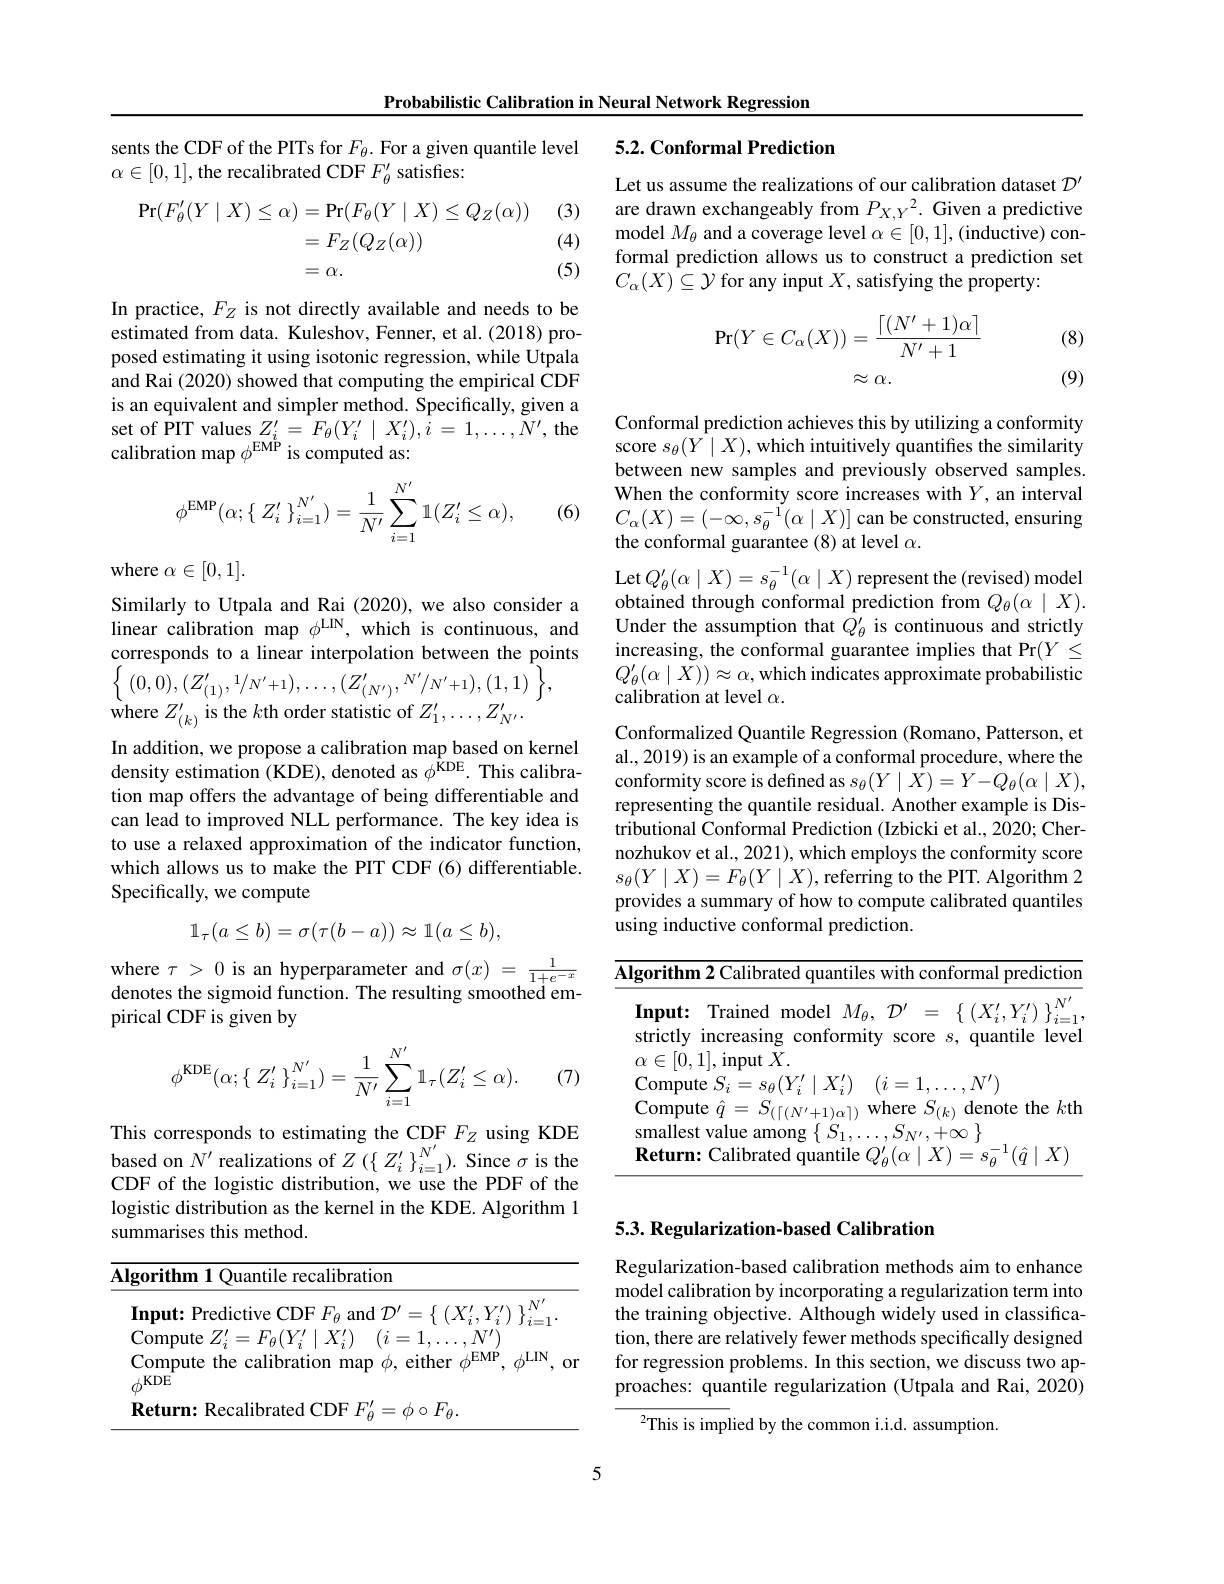
Probabilistic Calibration in Neural Network Regression

## 5.2. Conformal Prediction

sents the CDF of the PITs for $F_{\theta}.$ For a given quantile level
$\alpha\in[0,1]$,the recalibrated CDF $F_\theta^{\prime}$ satisfies:

(3)
$$\begin{aligned}\Pr(F_\theta'(Y\mid X)\leq\alpha)&=\Pr(F_\theta(Y\mid X)\leq Q_Z(\alpha))\\&=F_Z(Q_Z(\alpha))\\&=\alpha.\end{aligned}$$
Let us assume the realizations of our calibration dataset $\mathcal{D}^{\prime}$ are drawn exchangeably from $P_{X,Y}^2.$ Given a predictive model $M_{\theta}$ and a coverage level $\alpha\in[0,1]$,(inductive) conformal prediction allows us to construct a prediction set $C_\alpha(X)\subseteq\mathcal{Y}$ for any input $X$, satisfying the property:

(4)

(5)

(8)
$$\begin{aligned}\Pr(Y\in C_\alpha(X))&=\frac{\lceil(N'+1)\alpha\rceil}{N'+1}\\&\approx\alpha.\end{aligned}$$
(9)

In practice, $F_Z$ is not directly available and needs to be estimated from data. Kuleshov, Fenner, et al. (2018) proposed estimating it using isotonic regression, while Utpala and Rai (2020) showed that computing the empirical CDF is an equivalent and simpler method. Specifically, given a set of PIT values $Z_i^{\prime}=F_\theta(Y_i^{\prime}\mid X_i^{\prime}),i=1,\ldots,N^{\prime}$, the calibration map $\phi^\mathrm{EMP}$ is computed as:
$$\phi^{\mathrm{EMP}}(\alpha;\{\begin{array}{c}Z'_i\\\end{array}\}_{i=1}^{N'})=\frac{1}{N'}\sum_{i=1}^{N'}\mathbb{1}(Z'_i\leq\alpha),$$
(6)

where $\alpha\in[0,1].$

Similarly to Utpala and Rai (2020), we also consider a linear calibration map $\phi^\mathrm{LIN}$, which is continuous, and corresponds to a linear interpolation between the points $\left\{\:(0,0),(Z_{(1)}^{\prime},1/N^{\prime}+1),\ldots,(\bar{Z}_{(N^{\prime})}^{\prime},\:N^{\prime}/N^{\prime}+1),(1,1)\:\right\}$,
${\dot{\mathrm{where~}}Z_{(k)}^{\prime}}$ is the $k$th order statistic of $Z_1^{\prime},\ldots,Z_{N^{\prime}}^{\prime}.$

Conformal prediction achieves this by utilizing a conformity score $s_\theta(Y\mid X)$,which intuitively quantifies the similarity between new samples and previously observed samples. When the conformity score increases with $Y$, an interval $C_{\alpha}(X)=(-\infty,s_{\theta}^{-1}(\alpha\mid X)]$ can be constructed, ensuring the conformal guarantee (8) at level $\alpha.$
$\operatorname*{Let}Q_{\theta}^{\prime}(\alpha\mid X)=s_{\theta}^{-1}(\alpha\mid X)$ represent the (revised) model obtained through conformal prediction from $Q_{\theta}(\alpha\mid X).$ Under the assumption that $Q_\theta^{\prime}$ is continuous and strictly increasing, the conformal guarantee implies that Pr$(Y\leq$ $Q_{\theta}^{\prime}(\alpha\mid X))\approx\alpha$,which indicates approximate probabilistic calibration at level $\alpha.$
Conformalized Quantile Regression (Romano, Patterson, et al., 2019) is an example of a conformal procedure, where the conformity score is defined as $s_\theta(Y\mid\bar{X})=Y-Q_\theta(\alpha\mid X)$, representing the quantile residual. Another example is Distributional Conformal Prediction (Izbicki et al., 2020; Chernozhukov et al., 2021), which employs the conformity score $s_{\theta}(Y\mid X)=F_{\theta}(Y\mid X)$,referring to the PIT. Algorithm 2 provides a summary of how to compute calibrated quantiles using inductive conformal prediction.

In addition, we propose a calibration map based on kernel density estimation (KDE), denoted as $\phi^\mathrm{\hat{K}DE}.$ This calibration map offers the advantage of being differentiable and can lead to improved NLL performance. The key idea is to use a relaxed approximation of the indicator function, which allows us to make the PIT CDF (6) differentiable. Specifically, we compute
$$\mathbb{1}_\tau(a\leq b)=\sigma(\tau(b-a))\approx\mathbb{1}(a\leq b),$$
where $\tau>0$ is an hyperparameter and $\sigma(x)=\frac1{1+e^{-x}}$ denotes the sigmoid function. The resulting smoothed empirical CDF is given by

<table>
	<tbody>
		<tr>
			<th>$\mathbf{Al}$</th>
			<th>hm 2 Calibrated quantiles with conformal prediction</th>
		</tr>
		<tr>
			<td> </td>
			<td>$\textbf{it: Trained model }M_{\theta }, {\mathcal{D} ^{\prime }}= \{ ( X_{i}^{\prime }, Y_{i}^{\prime })$ $\} _{i= 1}^{N^{\prime }}$ ly increasing conformity score $s$, quantile level</td>
		</tr>
	</tbody>
</table>
$$\phi^{\mathrm{KDE}}(\alpha;\{\begin{array}{c}Z'_i\\\end{array}\}_{i=1}^{N'})=\frac{1}{N'}\sum_{i=1}^{N'}\mathbb{1}_{\tau}(Z'_i\leq\alpha).$$
(7)

This corresponds to estimating the CDF $F_Z$ using KDE based on $N^{\prime}$ realizations of $Z\left(\{Z_{i}^{\prime}\}_{i=1}^{N^{\prime}}\right).$ Since $\sigma$ is the CDF of the logistic distribution, we use the PDF of the logistic distribution as the kernel in the KDE. Algorithm 1 summarises this method.

## 5.3. Regularization-based Calibration

Regularization-based calibration methods aim to enhance model calibration by incorporating a regularization term into the training objective. Although widely used in classification, there are relatively fewer methods specifically designed for regression problems. In this section, we discuss two approaches: quantile regularization (Utpala and Rai, 2020)

<table>
	<tbody>
		<tr>
			<th>Algorithm 1 Quantile recalibration</th>
		</tr>
		<tr>
			<td>Input: Predictive C $\left(\mathrm{TDH}\right)$ 10 $H_{f}^{\prime}$  and $\mathcal{D} ^{\prime }= \{$ $( X$</td>
		</tr>
		<tr>
			<td>${\mathrm{Compute~}}Z_{i}^{\prime}=F_{\theta}(Y_{i}^{\prime}\mid X_{i}^{\prime})$ $(i=$ Compute the calibration map $\phi$, either  $\therefore KDE$</td>
		</tr>
		<tr>
			<td>$\textbf{Return:  Recalibrated CDF }F_{\theta }^{\prime }= \phi \circ F_{\theta }.$</td>
		</tr>
	</tbody>
</table>

$^{2}$This is implied by the common i.i.d. assumption

5